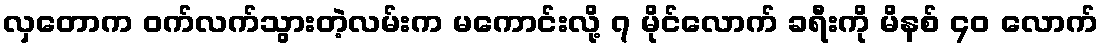
လှတောက ဝက်လက်သွားတဲ့လမ်းက မကောင်းလို့ ၇ မိုင်လောက် ခရီးကို မိနစ် ၄၀ လောက်